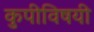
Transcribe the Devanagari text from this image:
कुपीविषयी